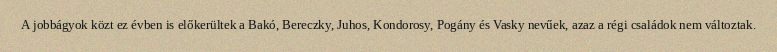
A jobbágyok közt ez évben is előkerültek a Bakó, Bereczky, Juhos, Kondorosy, Pogány és Vasky nevűek, azaz a régi családok nem változtak.